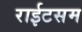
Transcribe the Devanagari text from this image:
राईटसम